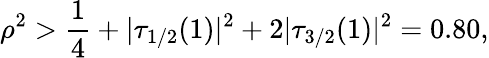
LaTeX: \rho^{2}>\frac 14+|\tau_{1/2}(1)|^{2}+2|\tau_{3/2}(1)|^{2}=0.80,